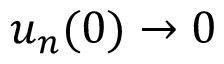
u _ { n } ( 0 ) \to 0